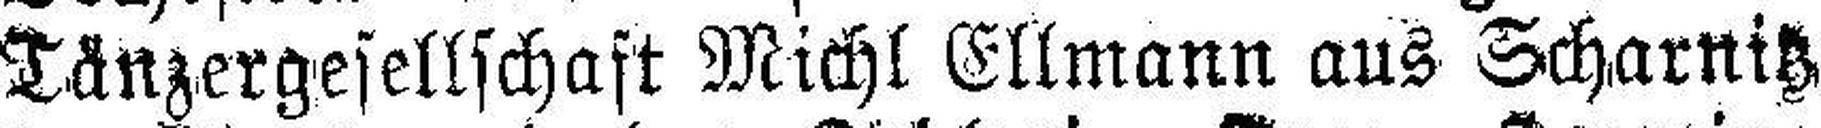
Tänzergesellschaft Michl Ellmann aus Scharnitz